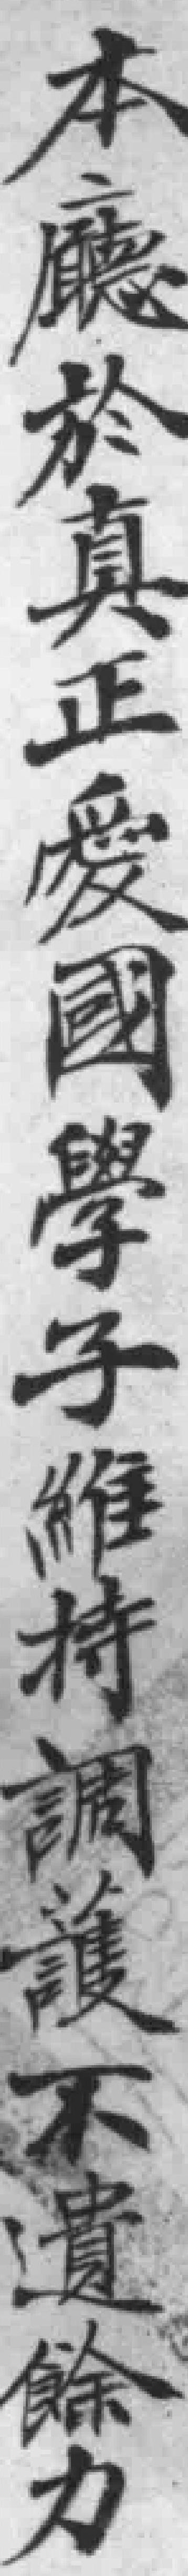
本廳於真正愛國學子維持調護不遺餘力